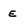
Character: e